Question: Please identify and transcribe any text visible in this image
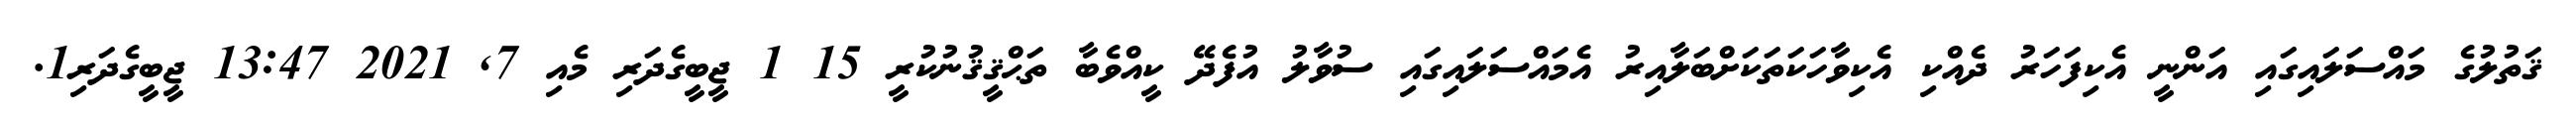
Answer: ޤަތުލުގެ މައްސަލައިގައި އަންނީ އެކިފަހަރު ދެއްކި އެކިވާހަކަތަކަށްބަލާއިރު އެމައްސަލައިގައި ސުވާލު އުފެދޭ ކީއްވެބާ ތަޙްޤީޤުނުކުރީ 15 1 ޖީބީގެދަރި މެއި 7, 2021 13:47 ޖީބީގެދަރި1.